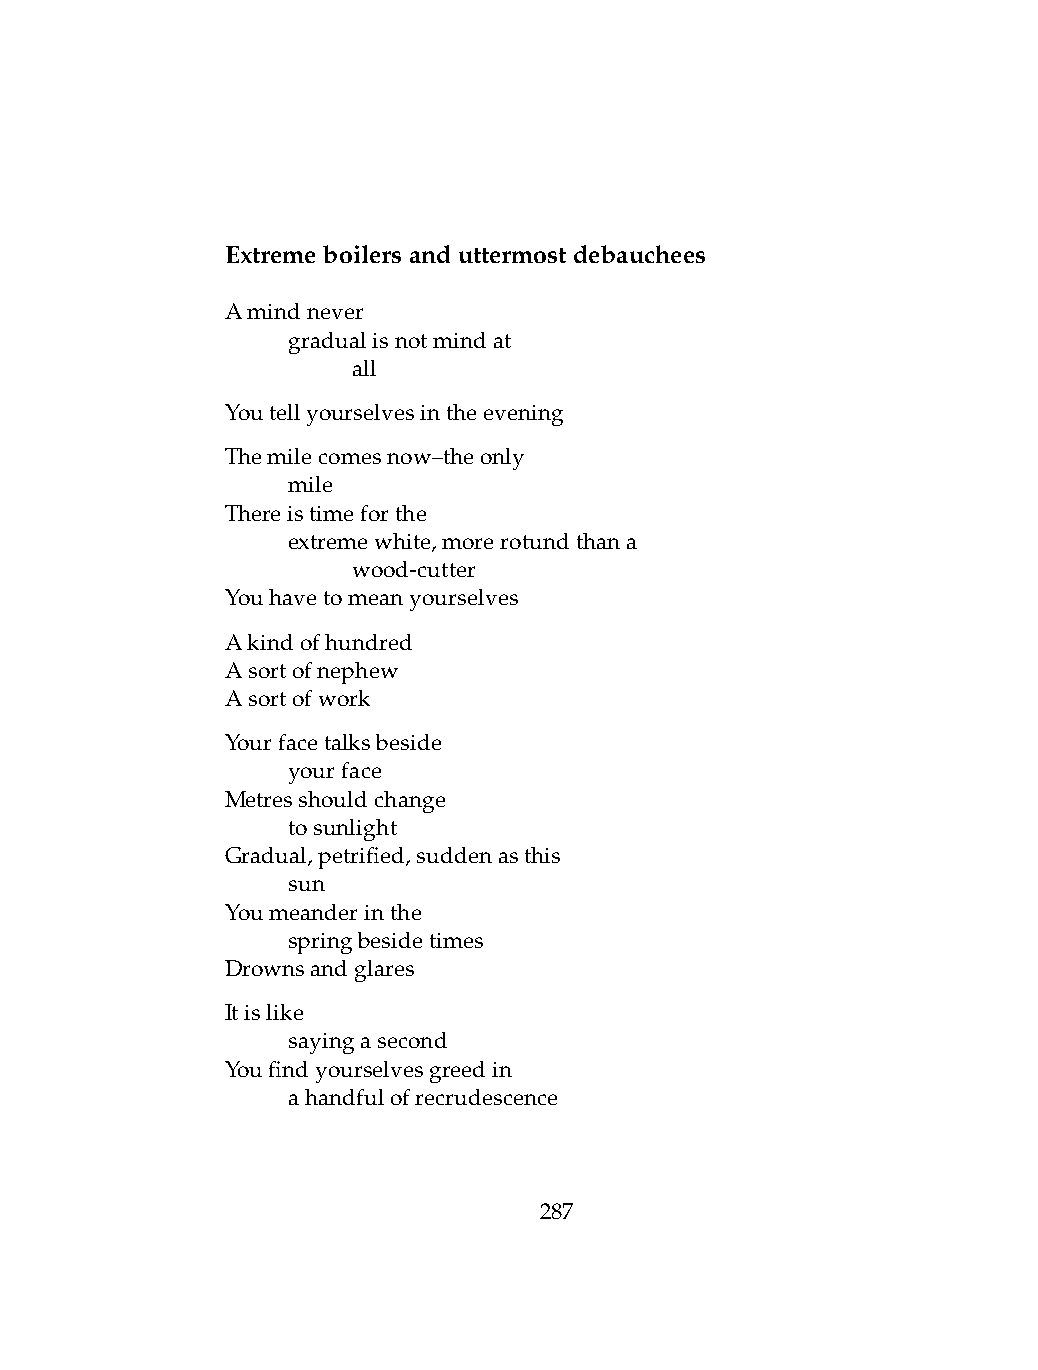
Extremeboilersanduttermostdebauchees
 Amindnever
 .   gradualisnotmindat
 .   .   all
 Youtellyourselvesintheevening
 Themilecomesnow–theonly
 .   mile
 Thereistimeforthe
 .   extremewhite,morerotundthana
 .   .   wood-cutter
 Youhavetomeanyourselves
 Akindofhundred
 Asortofnephew
 Asortofwork
 Yourfacetalksbeside
 .   yourface
 Metresshouldchange
 .   tosunlight
 Gradual,petrified,suddenasthis
 .   sun
 Youmeanderinthe
 .   springbesidetimes
 Drownsandglares
 Itislike
 .   sayingasecond
 Youfindyourselvesgreedin
 .   ahandfulofrecrudescence
 287